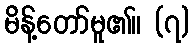
မိန့်တော်မူ၏။ (၇)